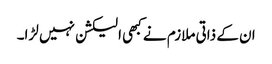
ان کے ذاتی ملازم نے کبھی الیکشن نہیں لڑا۔